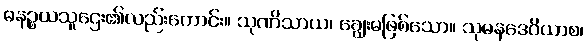
ဓနဉ္စယသူဌေး၏လည်းကောင်း။ သုဏိသာယ၊ ချွေးမဖြစ်သော။ သုမနဒေဝိယာစ၊